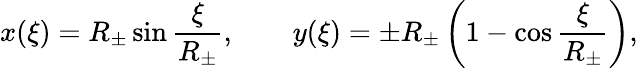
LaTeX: x(\xi)=R_{\pm}\sin\frac{\xi}{R_{\pm}},\qquad y(\xi)=\pm R_{\pm}\left(1-\cos\frac{\xi}{R_{\pm}}\right),